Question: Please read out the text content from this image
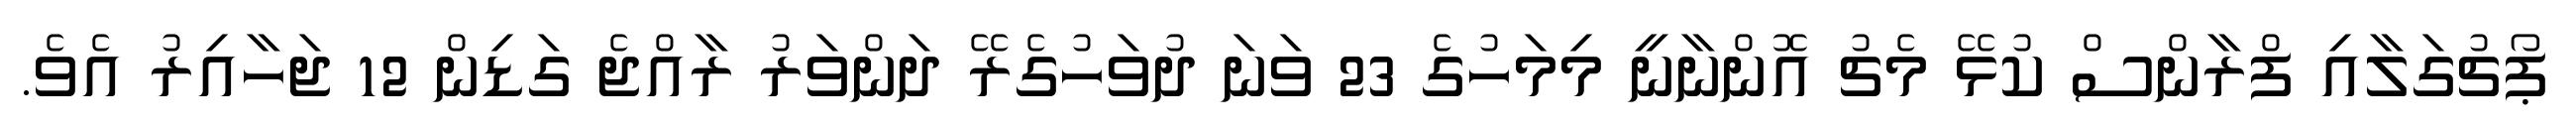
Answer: ޕޯޗުގަލާއި ފްރާންސް ކުޅޭ މެޗު އޮންނާނީ މިމަހުގެ 23 ވަނަ ދުވަހުގެރޭ ދަންވަރު ރާއްޖެ ގަޑިން 12 ޖަހާއިރު އެވެ.